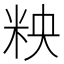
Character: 𮇌